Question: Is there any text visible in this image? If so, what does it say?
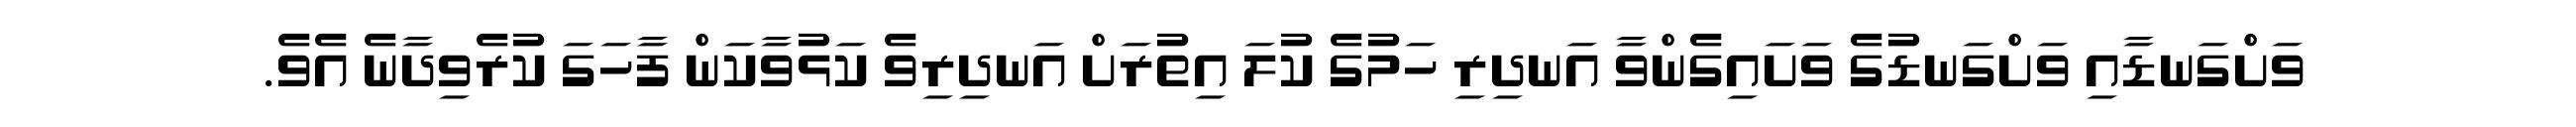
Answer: ވަށްގަނޑާއި ވަށްގަނޑުގެ ވަށައިގެންވާ އަނދިރި ހަމުގެ ކުލަ އިތުރަށް އަނދިރިވެ ކަޅުވާކަން ފާހަގަ ކުރެވިދާނެ އެވެ.